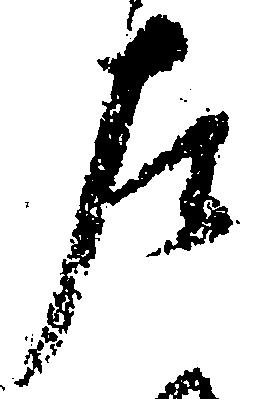
左